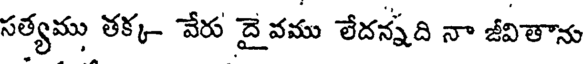
సత్యము తక్క- వేరు దై వము లేదన్నది నా జీవితాను